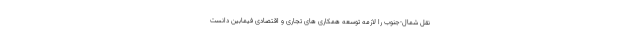
نقل شمال-جنوب را لازمه توسعه همکاری های تجاری و اقتصادی فیمابین دانست